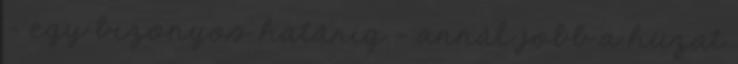
– egy bizonyos határig – annál jobb a huzat